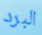
البرد